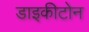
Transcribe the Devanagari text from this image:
डाइकीटोन